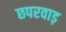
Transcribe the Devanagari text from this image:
छपरवाड़